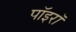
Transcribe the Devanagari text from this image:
पॉइरॉ